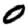
Digit: 0